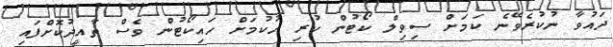
ދައުވާ ނުކުރެވޭނެ ކަމަށް ސިވިލް ކޯޓުން ކުރި ހުކުމަށް ހައިކޯޓުން ވެސް ތާއީދުކޮށްފައި